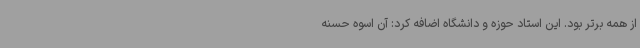
از همه برتر بود. این استاد حوزه و دانشگاه اضافه کرد: آن اسوه حسنه